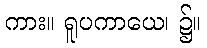
ကား။ ရူပကာယေ၊ ၌။